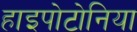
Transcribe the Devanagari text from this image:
हाइपोटोनिया